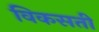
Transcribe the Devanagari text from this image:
विकसती